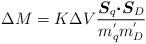
LaTeX: \begin{align*}\Delta M = K \Delta V \frac{\mbox{\boldmath $S$}_{q} \mbox{\boldmath $\cdot S$}_{D}}{m_{q}^{'} m_{D}^{'}}\end{align*}